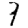
Digit: 7